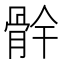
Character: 䯎